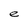
Character: e